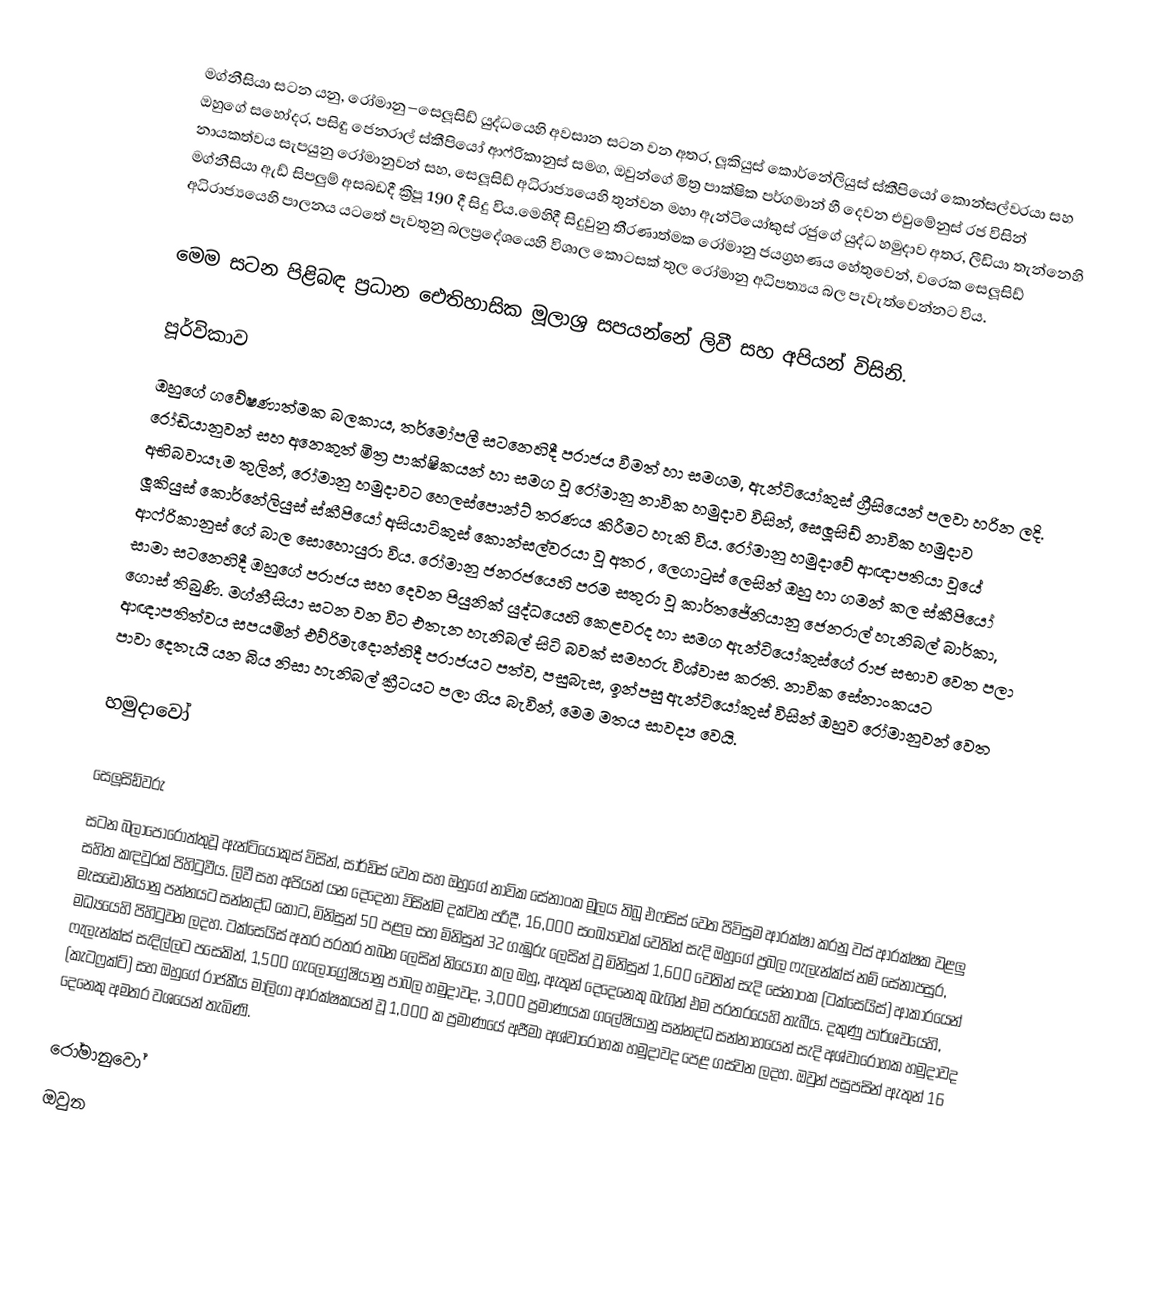
මග්නීසියා සටන යනු,   රෝමානු–සෙලූසිඩ් යුද්ධයෙහි  අවසාන සටන වන අතර,  ලූකියුස් කොර්නේලියුස් ස්කීපියෝ කොන්සල්වරයා සහ ඔහුගේ සහෝදර, පසිඳු ජෙනරාල් ස්කීපියෝ ආෆ්රිකානුස් සමග, ඔවුන්ගේ මිත්‍ර පාක්ෂික පර්ගමාන් හී දෙවන එවුමේනුස් රජ විසින් නායකත්වය සැපයුනු රෝමානුවන් සහ,  සෙලූසිඩ් අධිරාජ්‍යයෙහි   තුන්වන මහා ඇන්ටියෝකුස් රජුගේ යුද්ධ හමුදාව අතර,  ලීඩියා තැන්නෙහි මග්නීසියා ඇඩ් සිපලුම් අසබඩදී  ක්‍රිපූ 190 දී සිදු විය.මෙහිදී සිදුවුනු තීරණාත්මක රෝමානු ජයග්‍රහණය හේතුවෙන්, වරෙක  සෙලූසිඩ් අධිරාජ්‍යයෙහි පාලනය යටතේ පැවතුනු බලප්‍රදේශයෙහි විශාල කොටසක් තුල රෝමානු අධිපත්‍යය බල පැවැත්වෙන්නට විය.

මෙම සටන  පිළිබඳ ප්‍රධාන ඓතිහාසික මූලාශ්‍ර සපයන්නේ ලිවී සහ අපියන් විසිනි.

පූර්විකාව
ඔහුගේ ගවේෂණාත්මක බලකාය,  තර්මෝපලී සටනෙහිදී පරාජය වීමත් හා සමගම,  ඇන්ටියෝකුස්  ග්‍රීසියෙන් පලවා හරින ලදි. රෝඩියානුවන් සහ අනෙකුත් මිත්‍ර පාක්ෂිකයන් හා සමග වූ රෝමානු නාවික හමුදාව විසින්, සෙලූසිඩ් නාවික හමුදාව   අභිබවායෑම තුලින්, රෝමානු හමුදාවට  හෙලස්පොන්ට් තරණය කිරීමට හැකි විය. රෝමානු හමුදාවේ ආඥාපතියා වූයේ  ලූකියුස් කොර්නේලියුස් ස්කීපියෝ අසියාටිකුස් කොන්සල්වරයා වූ අතර , ලෙගාටුස් ලෙසින් ඔහු හා ගමන් කල ස්කීපියෝ ආෆ්රිකානුස් ගේ බාල සොහොයුරා විය. රෝමානු ජනරජයෙහි පරම සතුරා වූ කාර්තජේනියානු ජෙනරාල් හැනිබල් බාර්කා, සාමා සටනෙහිදී ඔහුගේ පරාජය සහ දෙවන පියුනික් යුද්ධයෙහි කෙළවරද හා සමග ඇන්ටියෝකුස්ගේ රාජ සභාව වෙත පලා ගොස් තිබුණි. මග්නීසියා සටන වන විට එතැන හැනිබල් සිටි බවක් සමහරු විශ්වාස කරති. නාවික සේනාංකයට ආඥාපතිත්වය සපයමින් එව්රිමැදොන්හිදී පරාජයට පත්ව, පසුබැස, ඉන්පසු ඇන්ටියෝකුස්  විසින් ඔහුව රෝමානුවන් වෙත පාවා දෙතැයි යන බිය නිසා හැනිබල් ක්‍රීටයට පලා ගිය බැවින්, මෙම මතය සාවද්‍ය වෙයි.

හමුදාවෝ

සෙලූසිඩ්වරු
සටන බලාපොරොත්තුවූ ඇන්ටියෝකුස්  විසින්, සාර්ඩිස් වෙත සහ ඔහුගේ නාවික සේනාංක  මූලය තිබූ එෆසිස්  වෙත පිවිසුම ආරක්ෂා කරනු වස් ආරක්ෂක වළලු සහිත කඳවුරක් පිහිටුවීය. ලිවී සහ අපියන් යන දෙදෙනා විසින්ම දක්වන පරිදී, 16,000 සංඛ්‍යාවක් වෙතින් සැදි ඔහුගේ ප්‍රබල ෆැලැන්ක්ස් නම් සේනාපසුර, මැසඩෝනියානු පන්නයට සන්නද්ධ කොට,  මිනිසුන් 50 පළල සහ මිනිසුන් 32 ගැඹුරු ලෙසින් වූ මිනිසුන්  1,600 වෙතින් සැදි සේනාංක (ටක්සෙයිස්) ආකාරයෙන් මධ්‍යයෙහි පිහිටුවන ලදහ. ටක්සෙයිස් අතර පරතර තබන ලෙසින් නියෝග කල ඔහු, ඇතුන් දෙදෙනෙකු බැගින් එම පරතරයෙහි තැබීය. දකුණු පාර්ශවයෙහි, ෆැලැන්ක්ස් සැදිල්ලට පසෙකින්, 1,500 ගැලොග්‍රේෂියානු පාබල හමුදාවද, 3,000 ප්‍රමාණයක ගලේෂියානු සන්නද්ධ සන්නාහයෙන් සැදි අශ්වාරෝහක හමුදාවද (කැටෆ්‍රක්ට්) සහ ඔහුගේ රාජකීය මාලිගා ආරක්ෂකයන් වූ  1,000 ක ප්‍රමාණයේ අජීමා අශ්වාරෝහක හමුදාවද පෙළ ගස්වන ලදහ. ඔවුන් පසුපසින් ඇතුන් 16 දෙනෙකු අමතර වශයෙන් තැබිණි.

රෝමානුවෝ
ඔවුන